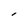
Character: I